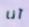
آنا